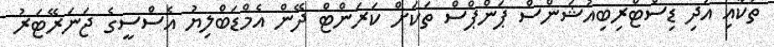
ތަކާއި އަދި ޑިސްޓްރިބިއުޝަންސް ޕަންޕްސް ތަކަށް ކަރަންޓް ދޭން އެމްޑަބްލިޔު އެސްސީގެ ޖަނަރޭޓަރު